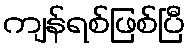
ကျန်ရစ်ဖြစ်ပြီ